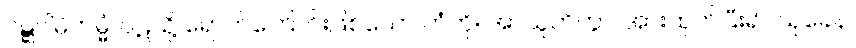
ဝဋ္ဋဂါမိကမ္မံ၊ ဝဋ်သို့ ရောက်ကြောင်းဖြစ်သော ကံကို။ အာယူဟိတွာ၊ အားထုတ်ပြီး၍။ သုခေန၊